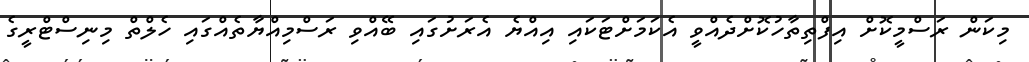
މިކަން ރަސްމީކޮށް އިފްތިތާހުކޮށްދެއްވީ އެކަމަށްޓަކައި އިއްޔެ އެރަށުގައި ބޭއްވި ރަސްމިއްޔާތެއްގައި ހެލްތް މިނިސްޓްރީގެ